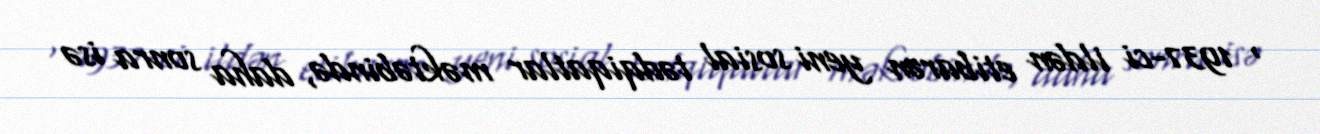
, 1937-ci ildən etibarən yeni sosial tədqiqatlar məktəbində, daha sonra isə